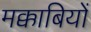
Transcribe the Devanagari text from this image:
मक्काबियों